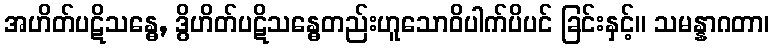
အဟိတ်ပဋိသန္ဓေ, ဒွိဟိတ်ပဋိသန္ဓေတည်းဟူသောဝိပါက်ပိပင် ခြင်းနှင့်။ သမန္နာဂတာ၊